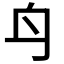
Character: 𨈏